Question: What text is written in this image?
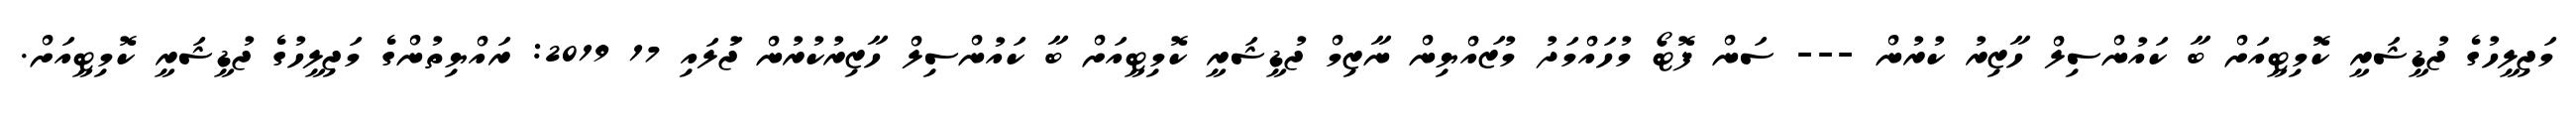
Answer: މަޖިލީހުގެ ޖުޑީޝަރީ ކޮމިޓީއަށް ބާ ކައުންސިލް ހާޒިރު ކުރުން --- ސަން ފޮޓޯ މުހައްމަދު މުޒައްޔިން ނާޒިމް ޖުޑީޝަރީ ކޮމިޓީއަށް ބާ ކައުންސިލް ހާޒިރުކުރުން ޖުަލައި 17 2019: ރައްޔިތުންގެ މަޖިލީހުގެ ޖުޑީޝަރީ ކޮމިޓީއަށް.